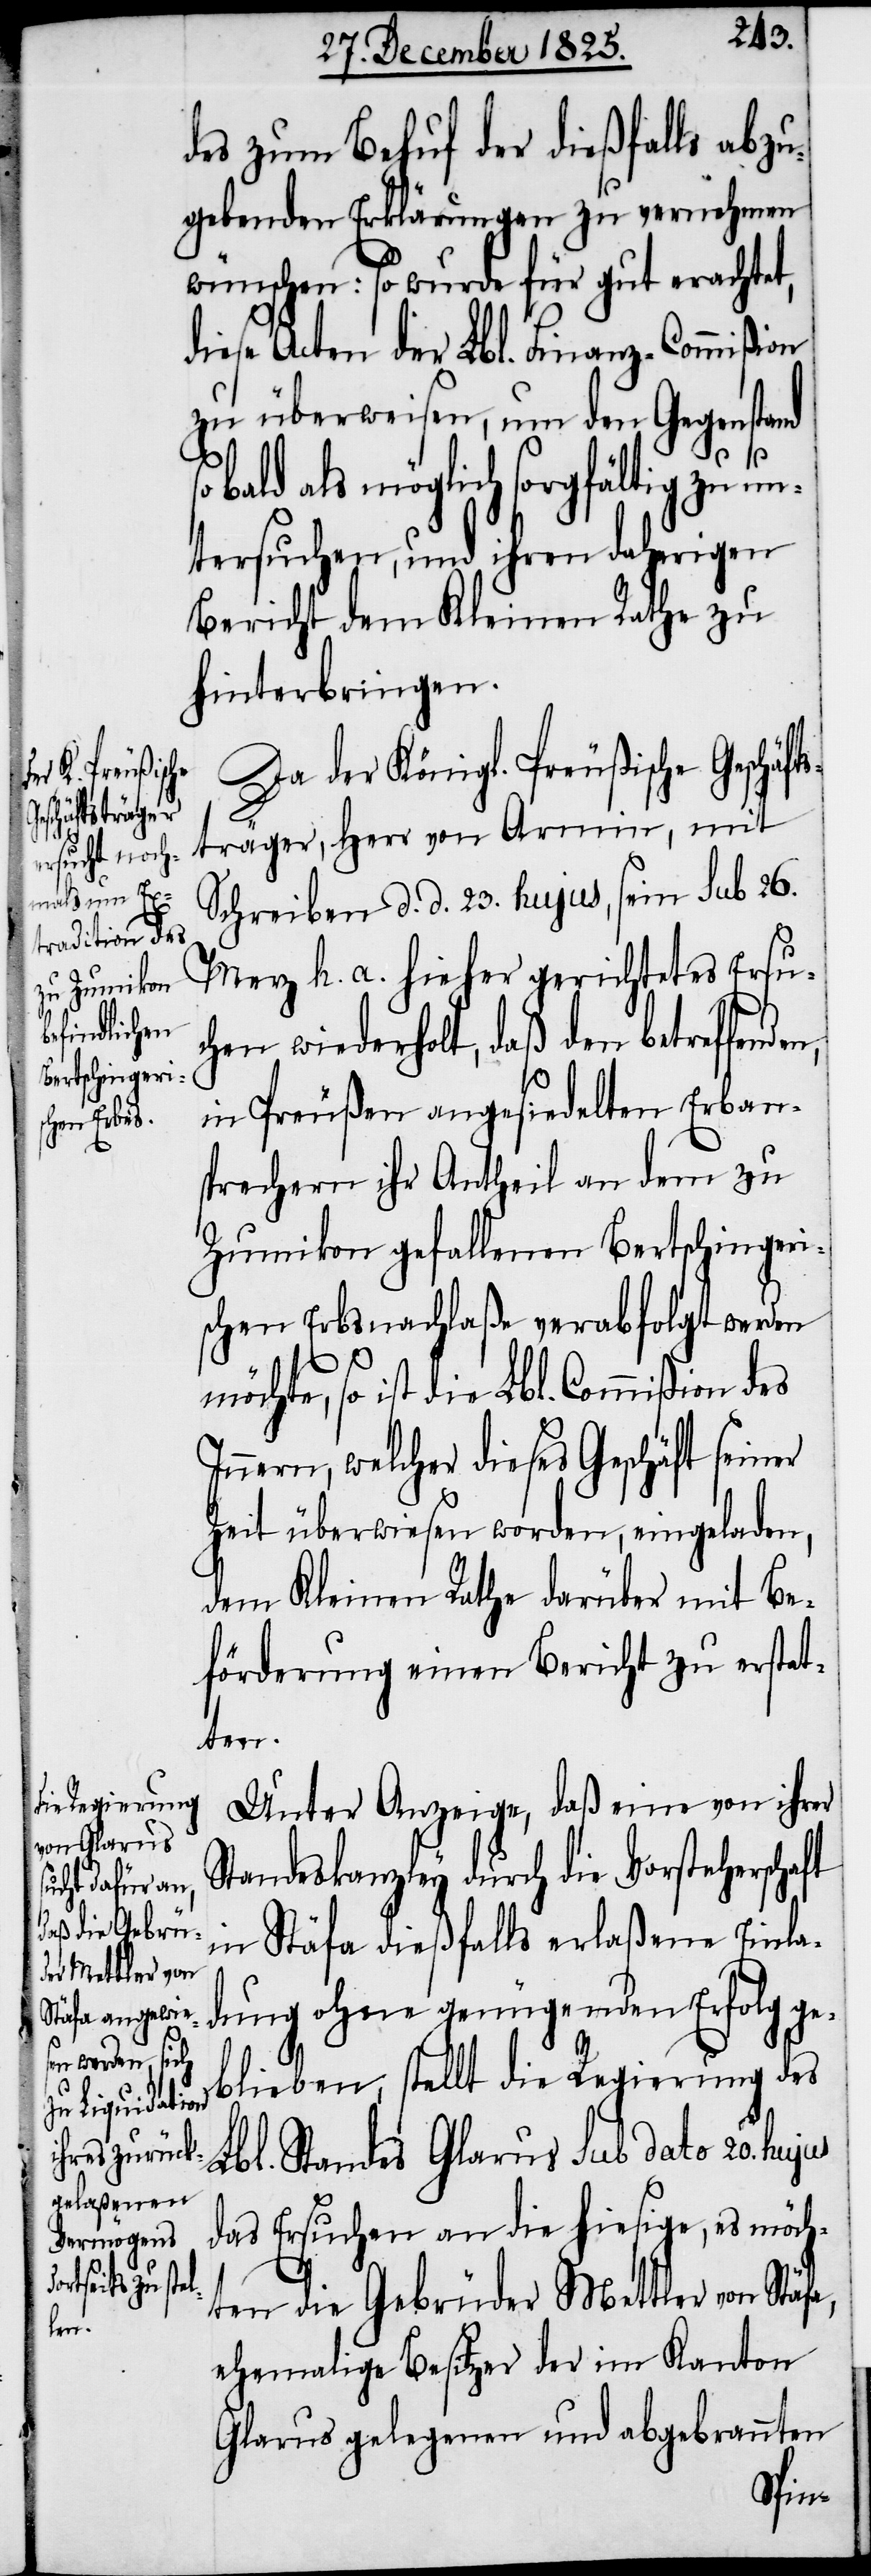
a,

des zum Behuf der dießfalls abzu¬
gebenden Erklärungen zu vernehmen
wünschen: so wurde für gut erachtet,
diese Acten der Lbl. Finanz-Commißion
zu überweisen, um den Gegenstand
bald als möglich sorgfältig zu u¬
ntersuchen, und ihren daherigen
Bericht dem Kleinen Rathe zu
hinterbringen.
Da der Königl. Preußische Geschäft¬
sträger, Herr von Armin, mit
Schreiben d. d. 23. hujus, sein sub 26.
Merz h. a. hieher gerichtetes Ersu¬
chen wiederholt, daß den betreffende¬
in Preußen angesiedelten Erban¬
sprechern ihr Antheil an dem zu
Zumikon gefallenen Bertschingeri¬
schen Erbsnachlaße verabfolgt werden
ist die Lbl. Commißion des
Innern, welcher dieses Geschäft seiner
Zeit überwiesen worden, eingeladen,
dem Kleinen Rathe darüber mit Be¬
förderung einen Bericht zu erstat¬
ten.
Unter Anzeige, daß eine von ihrer
Standeskanzley durch die Vorsteherschaft
in Stäfa dießfalls erlaßene Einla¬
dung ohne genügenden Erfolg ge¬
blieben, stellt die Regierung des
Lbl. Standes Glarus sub dato 20.
das Ersuchen an die hiesige, es möch¬
ten die Gebrüder Mettler von Stäf¬
ehemalige Besitzer der im Kanton
Glarus gelegenen und abgebrannten